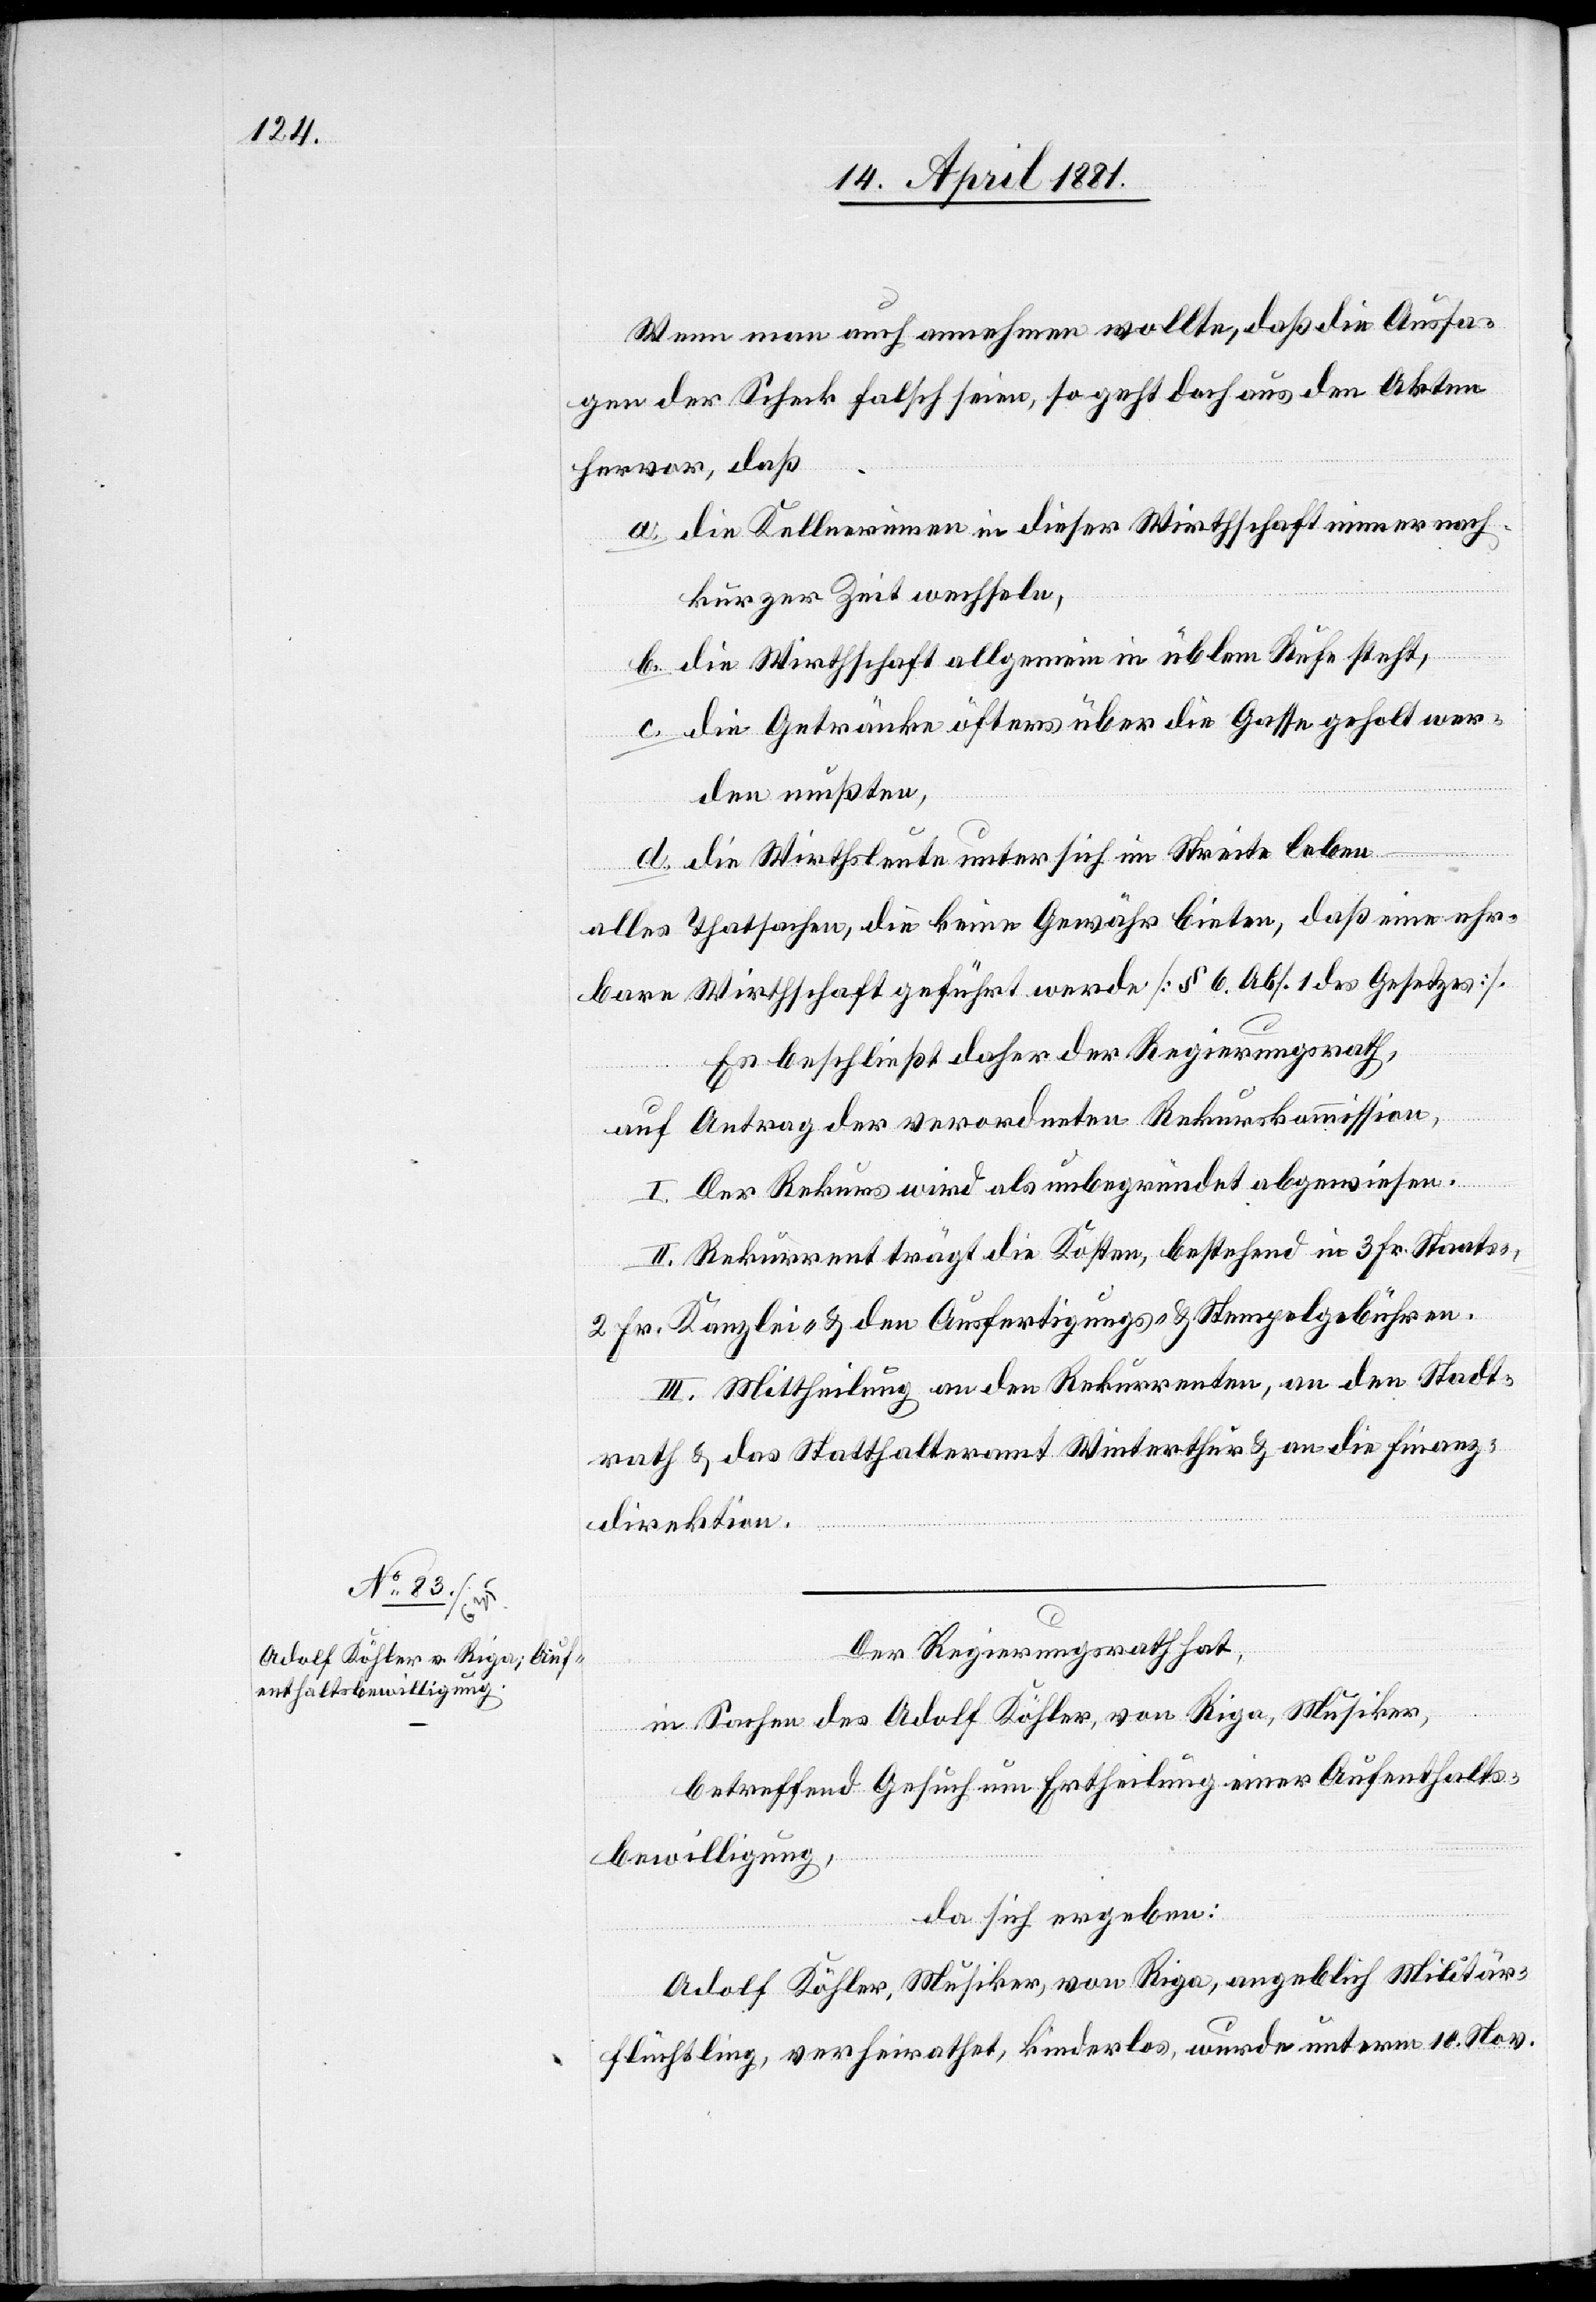
Wenn man auch annehmen wollte, daß die Aussa¬
gen der Scheck falsch seien, so geht doch aus den Akten
hervor, daß
a. die Kellnerinnen in dieser Wirthschaft immer nach
kurzer Zeit wechseln,
b. die Wirthschaft allgemein in üblem Rufe steht,
c. die Getränke öfters über die Gasse geholt wer¬
den mußten,
d. die Wirthsleute unter sich im Streite leben,
alles Thatsachen, die keine Gewähr bieten, daß eine ehr¬
bare Wirthschaft geführt werde [§ 6. Abs. 1 des Gesetzes].
Es beschließt daher der Regierungsrath,
auf Antrag der verordneten Rekurskommission,
I. Der Rekurs wird als unbegründet abgewiesen.
II. Rekurrent trägt die Kosten, bestehend in 3 Fr. Staats-,
2 Fr. Kanzlei & den Ausfertigungs- & Stempelgebühren.
III. Mittheilung an den Rekurrenten, an den Stadt¬
rath & das Statthalteramt Winterthur & an die Finanz¬
direktion.
Der Regierungsrath hat,
in Sachen Adolf Köhler, von Riga, Musiker,
betreffend Gesuch um Ertheilung einer Aufenthalts¬
bewilligung,
da sich ergeben:
Adolf Köhler, Musiker, von Riga, angeblich Militär¬
flüchtling, verheirathet, kinderlos, wurde unterm 10. Nov.